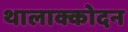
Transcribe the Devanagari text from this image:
थालाक्कोदन